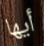
أيها